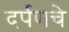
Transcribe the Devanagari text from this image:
दर्पणचे